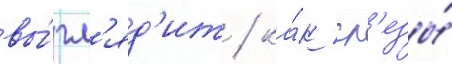
вы́гл'яд'ит / ка́к сл'езы́